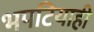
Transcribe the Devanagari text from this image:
भपटियाही